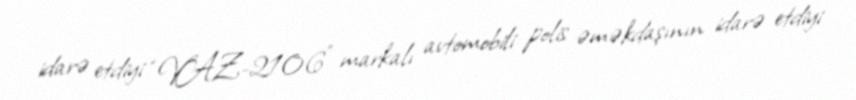
idarə etdiyi “VAZ-2106” markalı avtomobili polis əməkdaşının idarə etdiyi